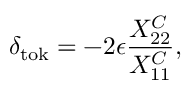
\delta _ { \mathrm { t o k } } = - 2 \epsilon \frac { X _ { 2 2 } ^ { C } } { X _ { 1 1 } ^ { C } } ,